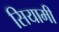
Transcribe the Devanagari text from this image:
सियामी